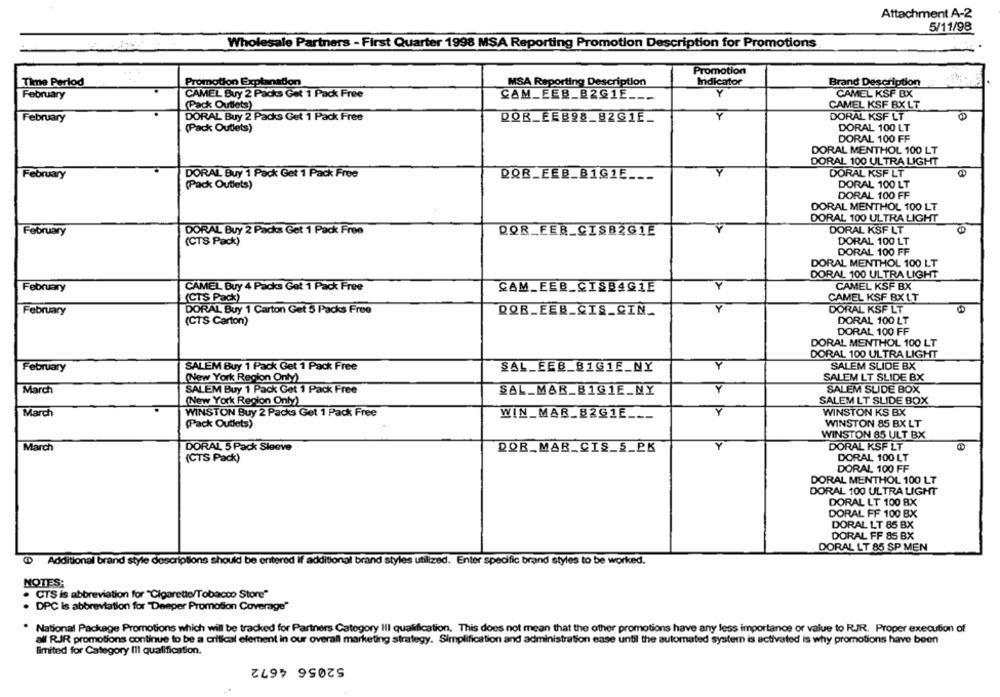
Attachment A-2
5/11/98
Wholesale Partners - First Quarter 1998 MSA Reporting Promotion Description for Promotions
Promotion
Time Period
Promotion Explanation
MSA Reporting Description
Indicator
Brand Description
February
CAMEL Buy 2 Packs Get 1 Pack Free
CAM_EEB_B2G1E ___
Y
CAMEL KSF BX
(Pack Outlets)
CAMEL KSF BX LT
February
DORAL Buy 2 Packs Get 1 Pack Free
DOR_EEB98_BZG1E.
DORAL KSF LT
(Pack Outlets)
DORAL 100 LT
DORAL 100 FF
DORAL MENTHOL 100 LT
DORAL 100 ULTRA LIGHT
DORAL Buy 1 Pack Get 1 Pack Free
DORAL KSF LT
February
QQR_EEB_B1GIE ___
(Pack Outlets)
DORAL 100 LT
DORAL 100 FF
DORAL MENTHOL 100 LT
DORAL 100 ULTRA LIGHT
DORAL Buy 2 Packs Get 1 Pack Free
DORAL KSF LT
February
DOR_FEB_CISB2GIE
(CTS Pack)
DORAL 100 LT
DORAL 100 FF
DORAL MENTHOL 100 LT
DORAL 100 ULTRA LIGHT
Y
CAMEL KSF BX
February
CAMEL Buy 4 Packs Got 1 Pack Free
CAM_FEB_CISBAG1E
(CTS Pack)
CAMEL KSF BX LT
February
DORAL Buy 1 Carton Get 5 Packs Free
QQR_EEB_CIS_CIN.
DORAL KSF LT
(CTS Carton)
DORAL 100 LT
DORAL 100 FF
DORAL MENTHOL 100 LT
DORAL 100 ULTRALIGHT
February
SALEM Buy 1 Pack Get 1 Pack Free
SAL_EEB_81G1E_NY
Y
SALEM SLIDE BX
SALEM LT SLIDE BX
(New York Region Only)
March
SALEM Buy 1 Pack Get 1 Pack Free
SAL_MAR_B1GIE_NY
Y
SALEM SLIDE BOX
(New York Region Only)
SALEM LT SLIDE BOX
Y
March
WINSTON Buy 2 Packs Get 1 Pack Free
WIN_MAR_B2G1E ___
WINSTON KS BX
(Pack Outlets)
WINSTON 85 BX LT
WINSTON 85 ULT BX
Y
DORAL KSF LT
March
DORAL 5 Pack Sleeve
DQB_MAR_CIS_S_PK
(CTS Pack)
DORAL 100 LT
DORAL 100 FF
DORAL MENTHOL 100 LT
DORAL 100 ULTRA LIGHT
DORAL LT 100 BX
DORAL FF 100 BX
DORAL LT 85 BX
DORAL FF 85 BX
DORAL LT 85 SP MEN
Additional brand style descriptions Should be entered If additional brand styles utilized. Enter specific brand styles to be worked.
NOTES:
CTS is abbreviation for "Cigarette/Tobacco Store"
. DPC is abbreviation for "Deeper Promotion Coverage"
. National Package Promotions which will be tracked for Partners Category Ill qualification, This does not mean that the other promotions have any less importance or value to RJR. Proper execution of
all RIR promotions continue to be a critical element in our overall marketing strategy. Simplification and administration ease until the automated system is activated is why promotions have been
limited for Category Ill qualification.
52056 4672